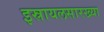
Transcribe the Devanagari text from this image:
इस्रायलसारख्या